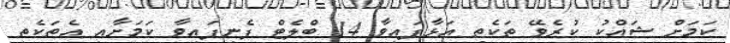
ކަމަށް ޝައްކު ކުރެވޭ ތަކެތި އަޅާފައިވާ 14 ބްލެޓް ފެނިފައިވާ ކަމަށާއި އެތަކެތި